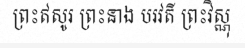
ព្រះឥសូរ ព្រះនាង បរវតី ព្រះវិស្ណុ